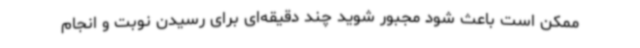
ممکن است باعث شود مجبور شوید چند دقیقه‌ای برای رسیدن نوبت و انجام